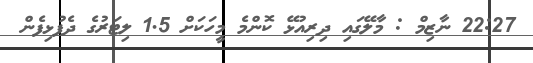
22:27 ނާޒިމް : މާލޭގައި ދިރިއުޅޭ ކޮންމެ މީހަކަށް 1.5 ލިޓަރުގެ ދެފުޅިފެން